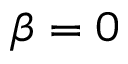
\beta = 0